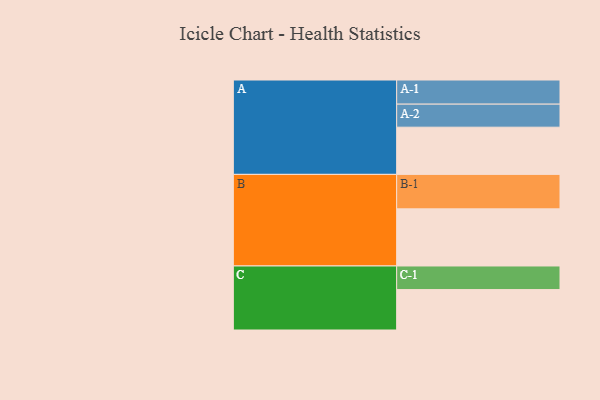
{"axis": {"x": "Segment", "y": "Value"}, "legend": ["", "A", "B", "C"], "data": [{"x": "A", "y": 356, "type": ""}, {"x": "B", "y": 431, "type": ""}, {"x": "C", "y": 305, "type": ""}, {"x": "A-1", "y": 182, "type": "A"}, {"x": "A-2", "y": 174, "type": "A"}, {"x": "B-1", "y": 260, "type": "B"}, {"x": "C-1", "y": 178, "type": "C"}]}